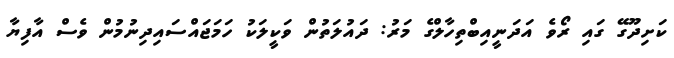
ކަށިދޫގޭ ގައި ރޯވެ އަދަނީއިބްތިހާލްގެ މަރު: ދައުލަތުން ވަކީލަކު ހަމަޖައްސައިދިނުމުން ވެސް އާފިޔާ